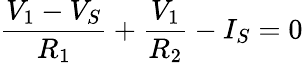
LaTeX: {\frac{V_{1}-V_{S}}{R_{1}}}+{\frac{V_{1}}{R_{2}}}-I_{S}=0